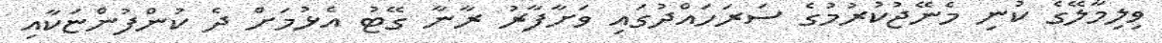
ވިލިމާލޭގެ ކުނި މެނޭޖުކުރުމުގެ ސަރަހައްދުގައި ވަށާފާރު ރާނާ ގޭޓު އެޅުމަށް ދެ ކުންފުންޏަކާއި